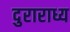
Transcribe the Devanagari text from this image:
दुराराध्य